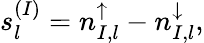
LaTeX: s_{l}^{(I)}=n_{I,l}^{\uparrow}-n_{I,l}^{\downarrow},